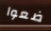
ضعوا